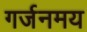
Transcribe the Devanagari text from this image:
गर्जनमय